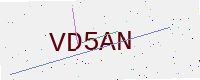
Text: VD5AN